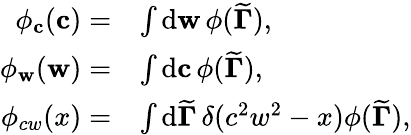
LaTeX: \begin{array}{rl}{\phi_{\mathbf{c}}(\mathbf{c})=}&{\int\mathrm{d}\mathbf{w}\, \phi({\widetilde{\mathbf{\Gamma}}}),}\\ {\phi_{\mathbf{w}}(\mathbf{w})=}&{\int\mathrm{d}\mathbf{c}\, \phi({\widetilde{\mathbf{\Gamma}}}),}\\ {\phi_{cw}(x)=}&{\int\mathrm{d}{\widetilde{\mathbf{\Gamma}}}\, \delta(c^{2}w^{2}-x)\phi({\widetilde{\mathbf{\Gamma}}}),}\end{array}